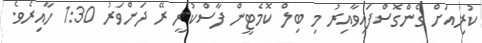
ކުރިއަށް ގެންގޮސްފައިވާއިރު މި ބިލް ކޮމެޓީން ފާސްކުރީ ރޭ ދަންވަރު 1:30 ހާއިރެވެ.